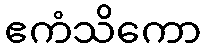
ဧကံသိကော